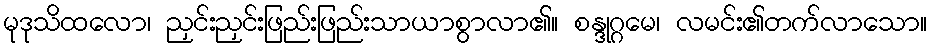
မုဒုသိထလော၊ ညှင်းညှင်းဖြည်းဖြည်းသာယာစွာလာ၏။ စန္ဒုဂ္ဂမေ၊ လမင်း၏တက်လာသော။